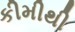
કીમીથી